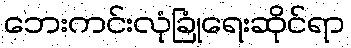
ဘေးကင်းလုံခြုံရေးဆိုင်ရာ